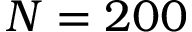
N = 2 0 0